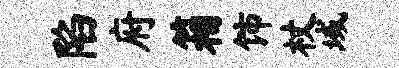
陷府箱饰杖域